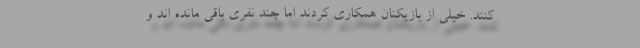
کنند. خیلی از بازیکنان همکاری کردند اما چند نفری باقی مانده اند و